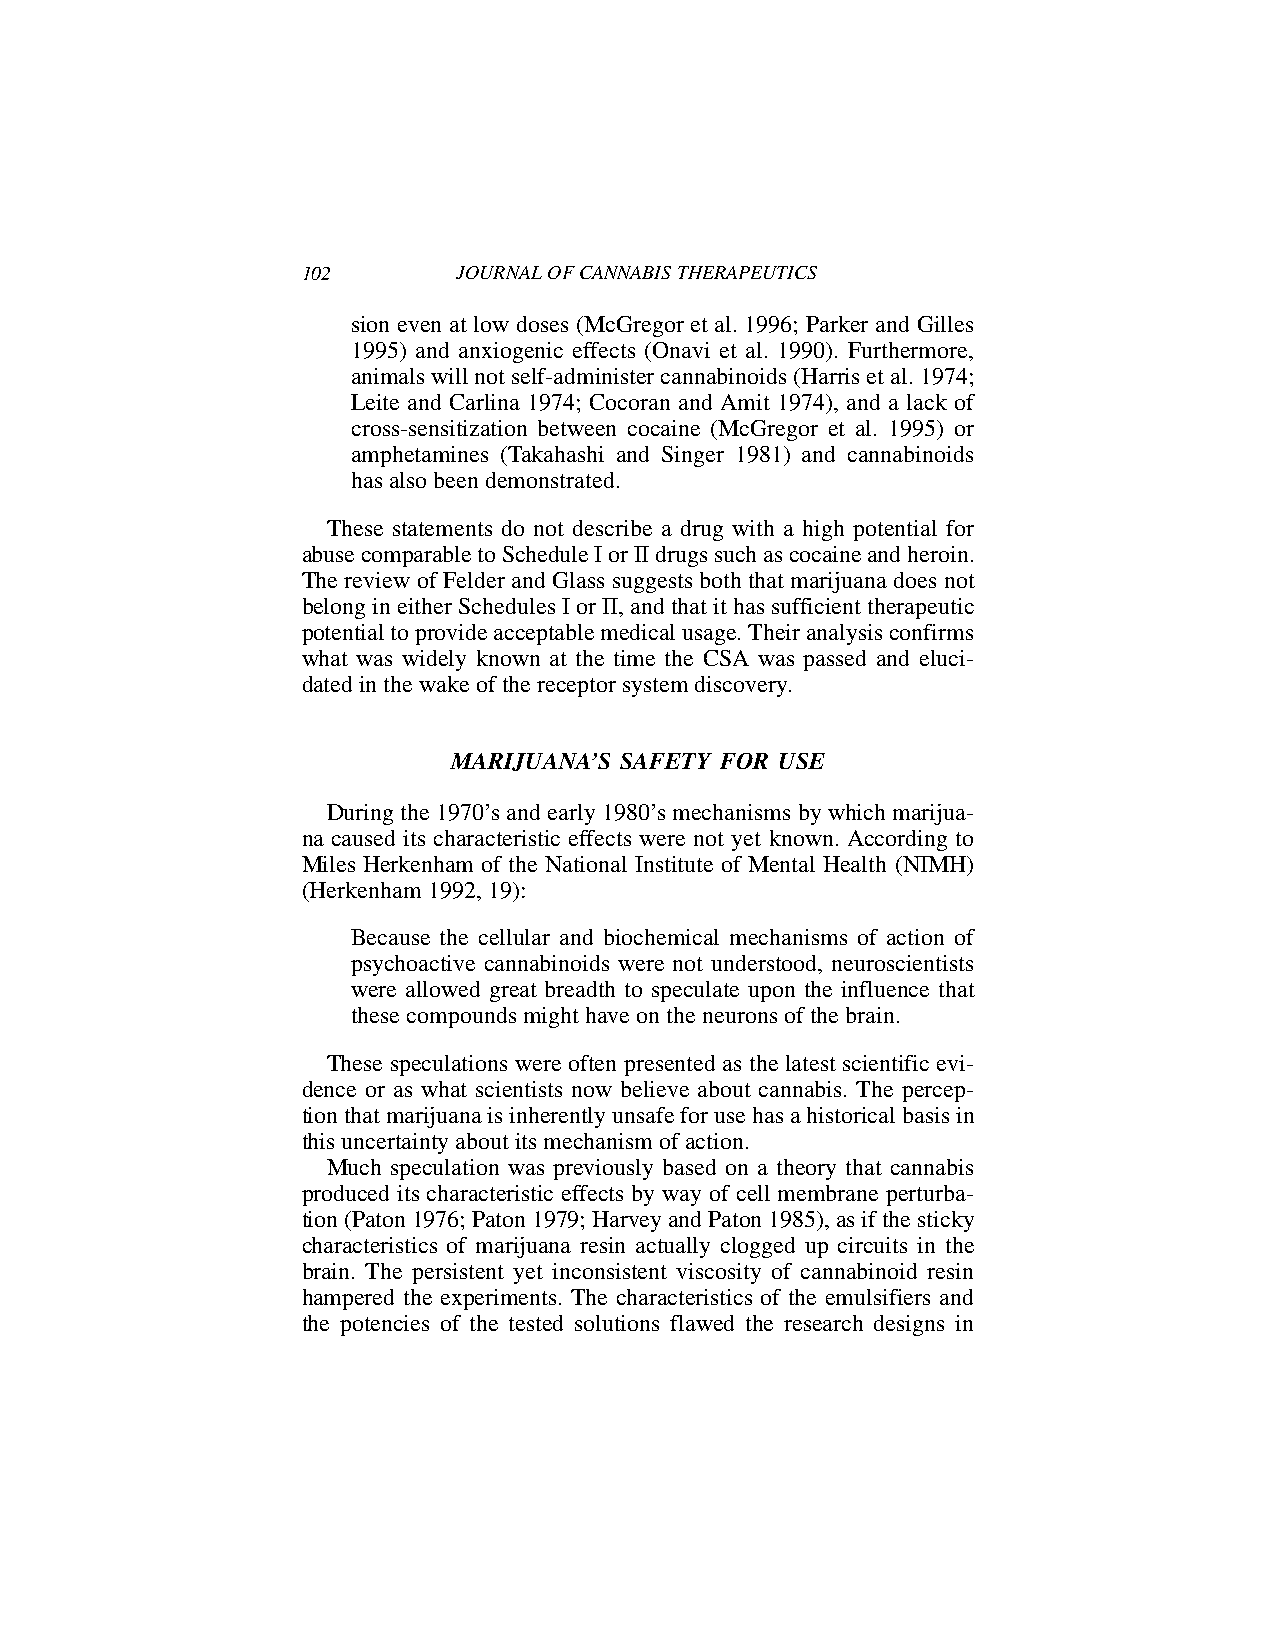
102       JOURNAL OF CANNABIS THERAPEUTICS
 sion even at low doses (McGregor et al. 1996; Parker and Gilles
 1995) and anxiogenic effects (Onavi et al. 1990). Furthermore,
 animals will not self-administer cannabinoids (Harris et al. 1974;
 Leite and Carlina 1974; Cocoran and Amit 1974), and a lack of
 cross-sensitization between cocaine (McGregor et al. 1995) or
 amphetamines (Takahashi and Singer 1981) and cannabinoids
 has also been demonstrated.
 These statements do not describe a drug with a high potential for
 abuse comparable to Schedule I or II drugs such as cocaine and heroin.
 The review of Felder and Glass suggests both that marijuana does not
 belong in either Schedules I or II, and that it has sufficient therapeutic
 potential to provide acceptable medical usage. Their analysis confirms
 what was widely known at the time the CSA was passed and eluci-
 dated in the wake of the receptor system discovery.
 MARIJUANA’S SAFETY FOR USE
 During the 1970’s and early 1980’s mechanisms by which marijua-
 na caused its characteristic effects were not yet known. According to
 Miles Herkenham of the National Institute of Mental Health (NIMH)
 (Herkenham 1992, 19):
 Because the cellular and biochemical mechanisms of action of
 psychoactive cannabinoids were not understood, neuroscientists
 were allowed great breadth to speculate upon the influence that
 these compounds might have on the neurons of the brain.
 These speculations were often presented as the latest scientific evi-
 dence or as what scientists now believe about cannabis. The percep-
 tion that marijuana is inherently unsafe for use has a historical basis in
 this uncertainty about its mechanism of action.
 Much speculation was previously based on a theory that cannabis
 produced its characteristic effects by way of cell membrane perturba-
 tion (Paton 1976; Paton 1979; Harvey and Paton 1985), as if the sticky
 characteristics of marijuana resin actually clogged up circuits in the
 brain. The persistent yet inconsistent viscosity of cannabinoid resin
 hampered the experiments. The characteristics of the emulsifiers and
 the potencies of the tested solutions flawed the research designs in